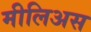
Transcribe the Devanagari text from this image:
मीलिअस